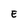
Character: E